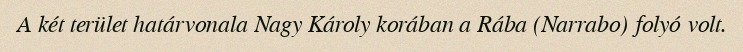
A két terület határvonala Nagy Károly korában a Rába (Narrabo) folyó volt.